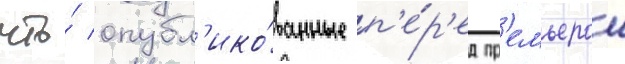
что́ опубл'ико́ванные п'е́р'ед пр'емьерои